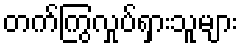
တက်ကြွလှုပ်ရှားသူများ